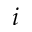
i